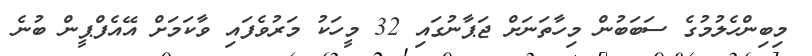
މިބިންހެލުމުގެ ސަބަބުން މިހާތަނަށް ޖަޕާނުގައި 32 މީހަކު މަރުވެފައި ވާކަމަށް އޭއެފްޕީން ބުނެ